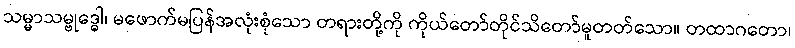
သမ္မာသမ္ဗုဒ္ဓေါ၊ မဖောက်မပြန်အလုံးစုံသော တရားတို့ကို ကိုယ်တော်တိုင်သိတော်မူတတ်သော။ တထာဂတော၊